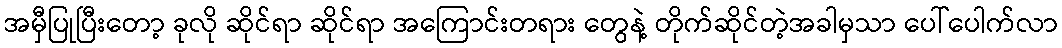
အမှီပြုပြီးတော့ ခုလို ဆိုင်ရာ ဆိုင်ရာ အကြောင်းတရား တွေနဲ့ တိုက်ဆိုင်တဲ့အခါမှသာ ပေါ်ပေါက်လာ